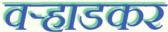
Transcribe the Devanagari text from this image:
वर्‍हाडकर